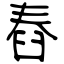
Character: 舂